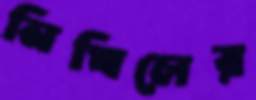
নিখিলের